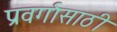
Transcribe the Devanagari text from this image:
प्रवर्गासाठी